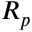
R _ { p }